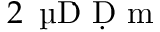
2 \, \textrm { \textmu Ḋ Ḍ m }